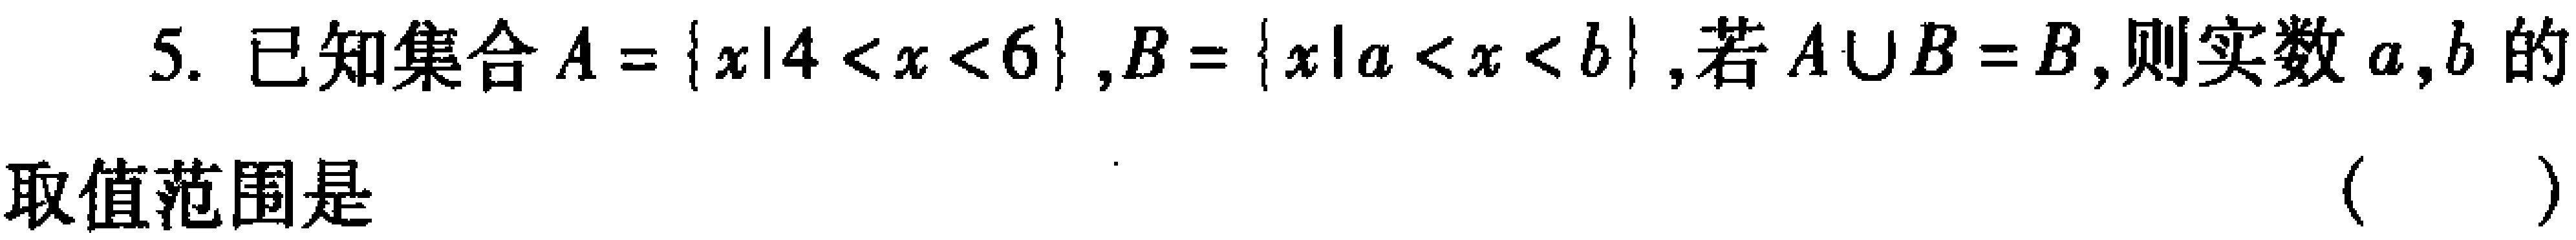
5. 已知集合\(A = \{x|4 < x < 6\}\), \(B = \{x|a < x < b\}\),若\(A\cup B = B\),则实数\(a,b\)的
取值范围是 （  ）